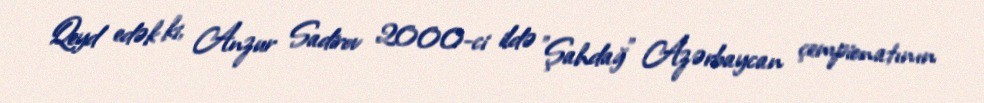
Qeyd edək ki, Anzur Sadirov 2000-ci ildə "Şahdağ" Azərbaycan çempionatının